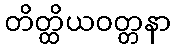
တိတ္ထိယဝတ္တနာ